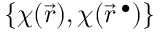
\{ \chi ( \vec { r } ) , \chi ( \vec { r } ^ { \; \bullet } ) \}